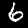
Digit: 6